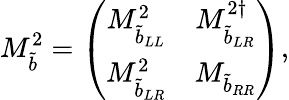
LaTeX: M_{\tilde{b}}^{2}=\left(\begin{array}{cc}{{M_{{\tilde{b}}_{LL}}^{2}}}&{{M_{{\tilde{b}}_{LR}}^{2\dagger}}}\\ {{M_{{\tilde{b}}_{LR}}^{2}}}&{{M_{{\tilde{b}}_{RR}}}}\end{array}\right),